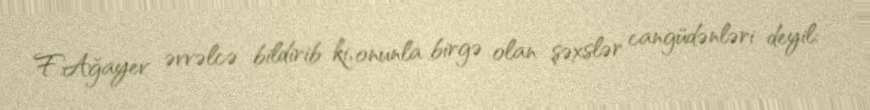
F.Ağayev əvvəlcə bildirib ki, onunla birgə olan şəxslər cangüdənləri deyil: